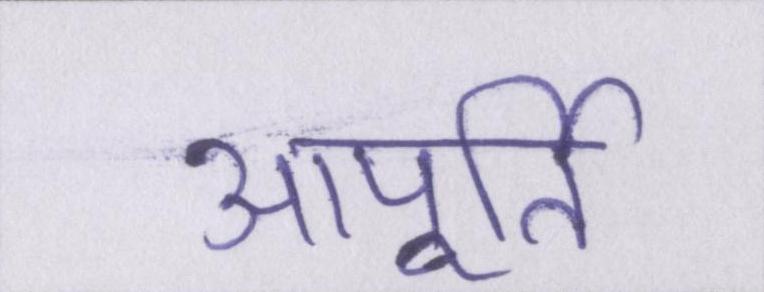
आपूर्ति